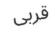
قربى